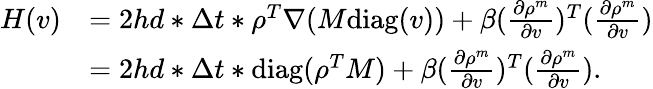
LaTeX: \begin{array}{rl}{H(v)}&{=2hd*\Delta t*\rho^{T}\nabla(M\mathrm{diag}(v))+\beta(\frac{\partial\rho^{m}}{\partial v})^{T}(\frac{\partial\rho^{m}}{\partial v})}\\ &{=2hd*\Delta t*\mathrm{diag}(\rho^{T}M)+\beta(\frac{\partial\rho^{m}}{\partial v})^{T}(\frac{\partial\rho^{m}}{\partial v}).}\end{array}